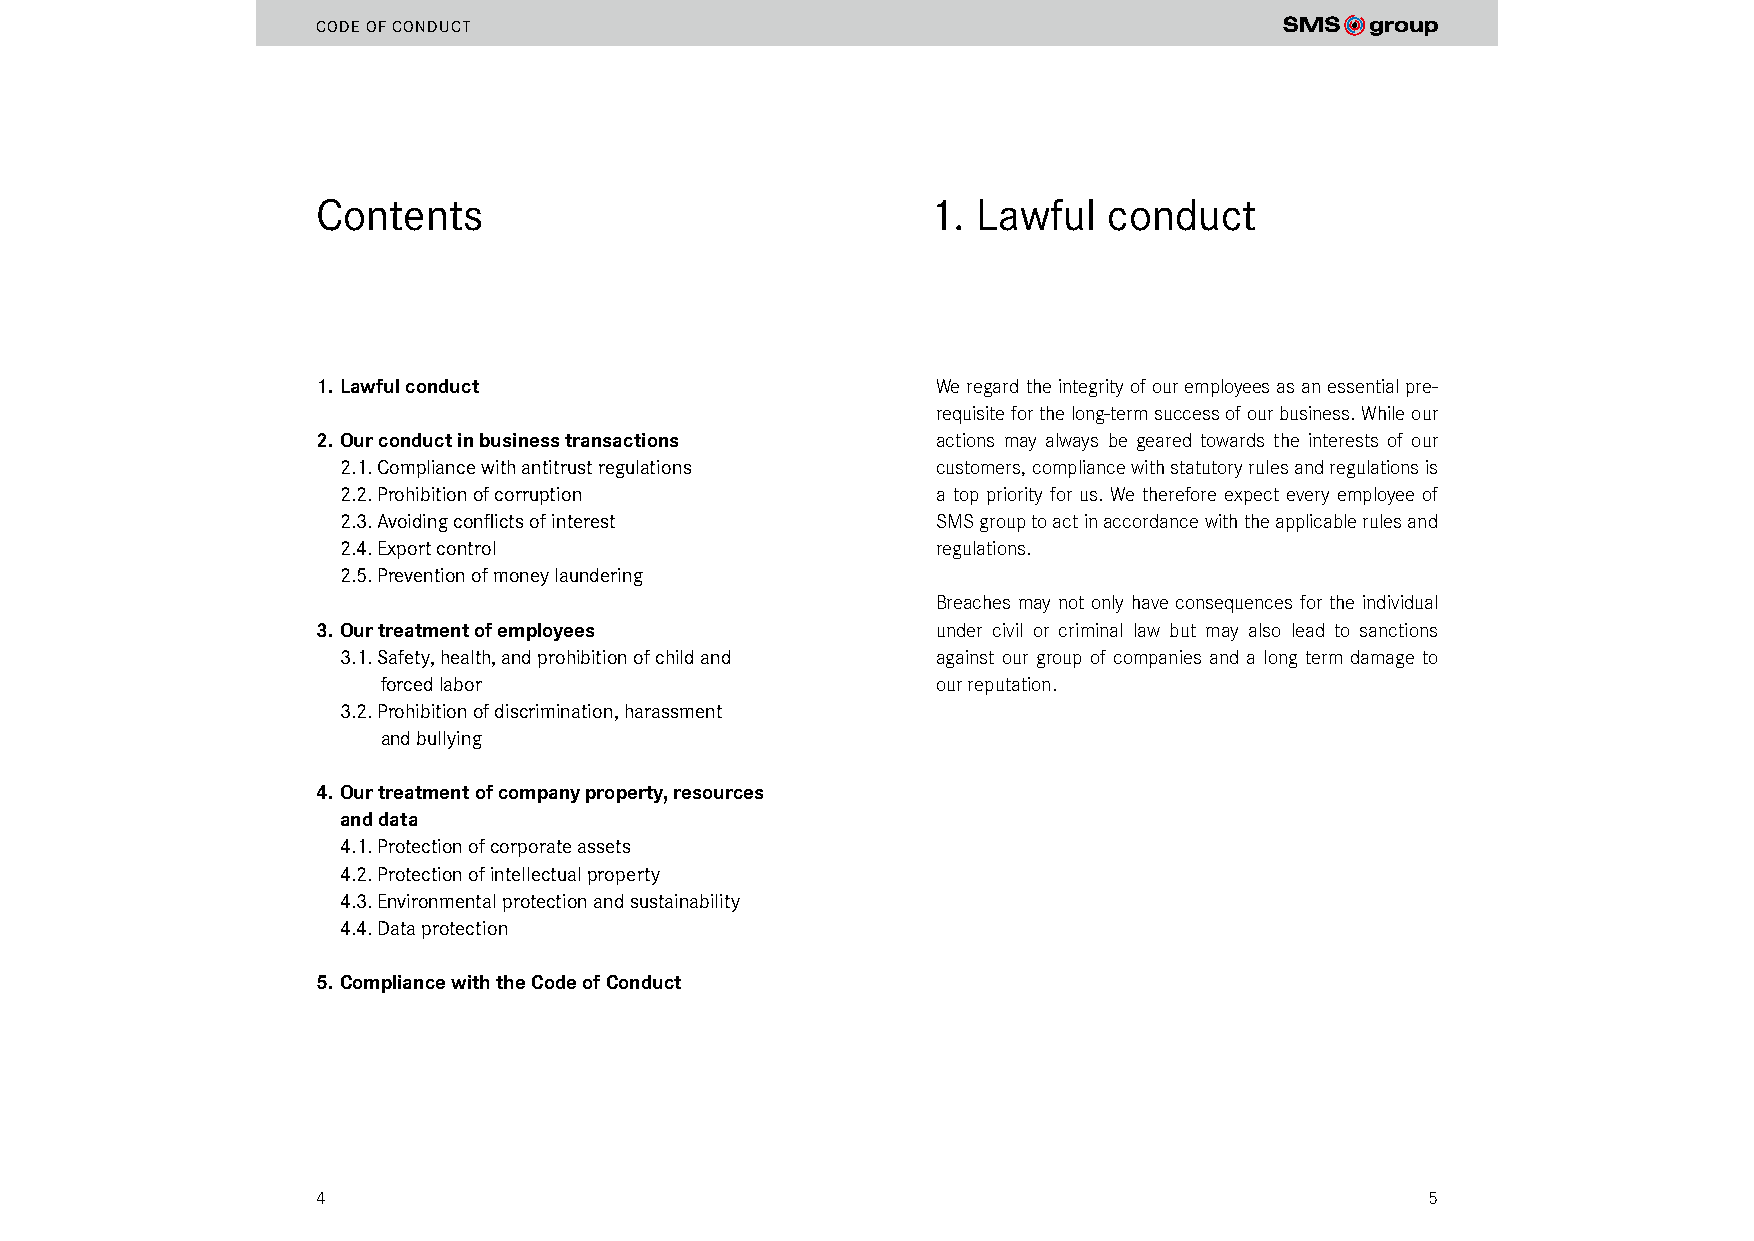
CODE OF CONDUCT
 Contents                                1.  Lawful  conduct
 1. Lawful conduct                        We regard the integrity of our employees as an essential pre-
 requisite for the long-term success of our business. While our
 2. Our conduct in business transactions  actions may always be geared towards the interests of our
 2.1. Compliance with antitrust regulations customers, compliance with statutory rules and regulations is
 2.2. Prohibition of corruption          a top priority for us. We therefore expect every employee of
 2.3. Avoiding conflicts of interest     SMS group to act in accordance with the applicable rules and
 2.4. Export control                     regulations.
 2.5. Prevention of money laundering
 Breaches may not only have consequences for the individual
 3. Our treatment of employees            under civil or criminal law but may also lead to sanctions
 3.1. Safety, health, and prohibition of child and against our group of companies and a long term damage to
 forced labor                         our reputation.
 3.2. Prohibition of discrimination, harassment
 and bullying
 4. Our treatment of company property, resources
 and data
 4.1. Protection of corporate assets
 4.2. Protection of intellectual property
 4.3. Environmental protection and sustainability
 4.4. Data protection
 5. Compliance with the Code of Conduct
 4                                                                         5